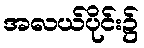
အလယ်ပိုင်း၌